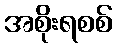
အစိုးရစစ်